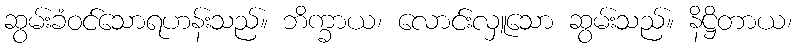
ဆွမ်းခံဝင်သောရဟန်းသည်။ ဘိက္ခာယ၊ လောင်းလှူသော ဆွမ်းသည်။ နိဋ္ဌိတာယ၊